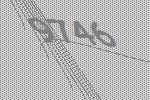
9746